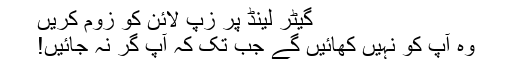
گیٹر لینڈ پر زپ لائن کو زوم کریں
وہ آپ کو نہیں کھائیں گے جب تک کہ آپ گر نہ جائیں!